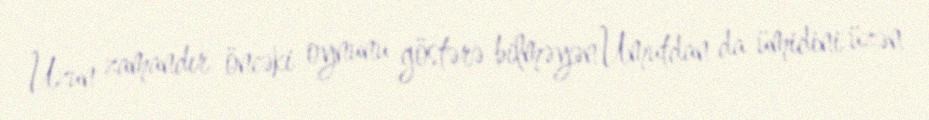
Uzun zamandır öncəki oynunu göstərə bilməyən Umutdan da ümidini üzən